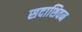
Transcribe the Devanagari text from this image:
सदाशिवन